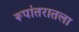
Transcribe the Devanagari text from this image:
रूपांतरातला